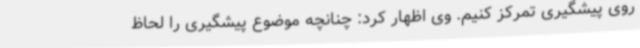
روی پیشگیری تمرکز کنیم. وی اظهار کرد: چنانچه موضوع پیشگیری را لحاظ